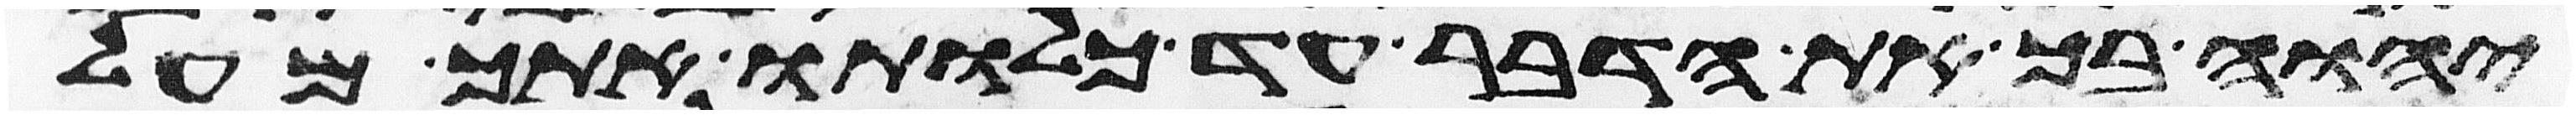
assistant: יהוה בך את הדבר עד כלותו אתך מעל